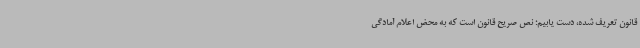
قانون تعریف شده، دست یابیم؛ نص صریح قانون است که به محض اعلام آمادگی